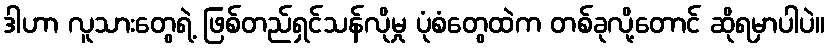
ဒါဟာ လူသားတွေရဲ့ ဖြစ်တည်ရှင်သန်လိုမှု ပုံစံတွေထဲက တစ်ခုလို့တောင် ဆိုရမှာပါပဲ။